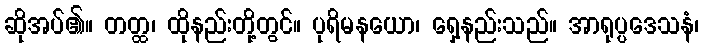
ဆိုအပ်၏။ တတ္ထ၊ ထိုနည်းတို့တွင်။ ပုရိမနယော၊ ရှေ့နည်းသည်။ အာရုပ္ပဒေသနံ၊